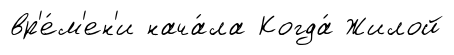
вр'е́м'ен'и нача́ла Когда́ Жилой